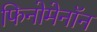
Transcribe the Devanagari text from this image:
फिनोमेनॉन